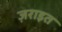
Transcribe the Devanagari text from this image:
ज़राइत